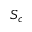
S _ { c }